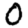
Digit: 0